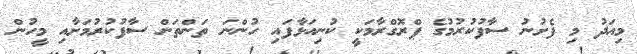
މިއަދު މި ފެށުނު ސާފުކުރުމުގެ ޕްރޮގްރާމަކީ ކުނިއަޅާފައި ހުންނަ ތަންތަން ސާފުކުރުމަށާއި މީހުން